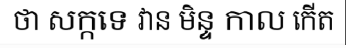
ថា សក្កទេ វាន មិន្ទ កាល កើត